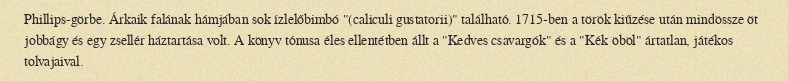
Phillips-görbe. Árkaik falának hámjában sok ízlelőbimbó "(caliculi gustatorii)" található. 1715-ben a török kiűzése után mindössze öt jobbágy és egy zsellér háztartása volt. A könyv tónusa éles ellentétben állt a "Kedves csavargók" és a "Kék öböl" ártatlan, játékos tolvajaival.